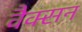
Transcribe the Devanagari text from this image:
वैक्सन